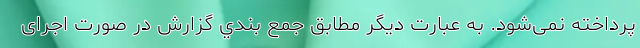
پرداخته نمی‌شود. به عبارت دیگر مطابق جمع بندي گزارش در صورت اجرای